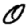
Digit: 0